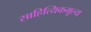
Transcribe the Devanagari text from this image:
साहित्यिकमूल्य